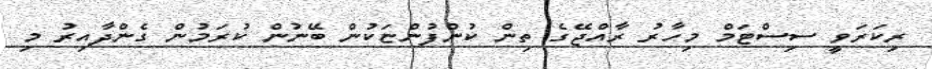
ރިކަރަވީ ސިސްޓަމް މިހާރު ރާއްޖޭގެ ތިން ކުންފުންޏަކުން ބޭނުން ކުރަމުން ގެންދާއިރު މި